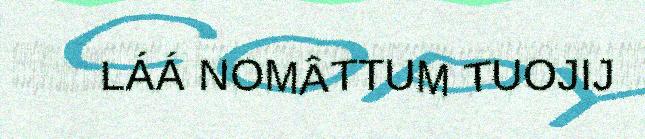
LÁÁ NOMÂTTUM TUOJIJ